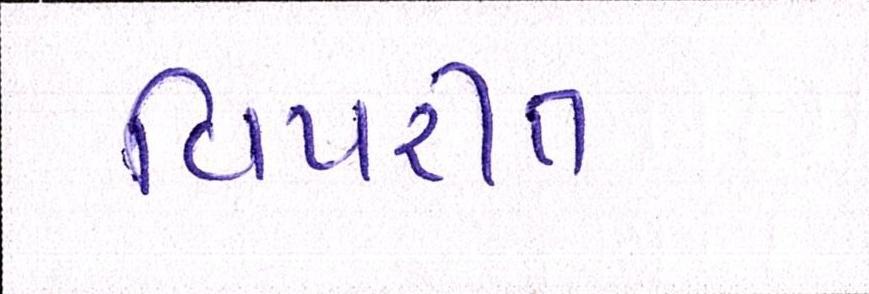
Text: વિપરીત